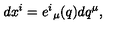
d x ^ { i } = e ^ { i } { } _ { \mu } ( q ) d q ^ { \mu } ,